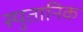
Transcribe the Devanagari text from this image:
स्पुतानिक